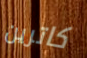
كاترين